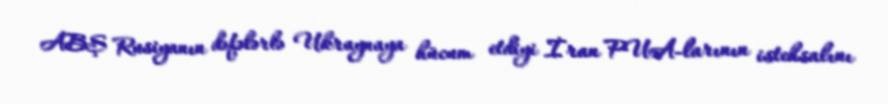
ABŞ Rusiyanın dəfələrlə Ukraynaya hücum etdiyi İran PUA-larının istehsalını